Source: Computer-generated
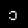
Digit: ၁ (1)